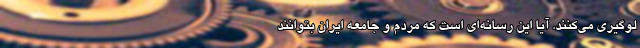
لوگیری می‌کنند. آیا این رسانه‌ای است که مردم و جامعه ایران بتوانند